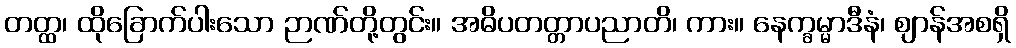
တတ္ထ၊ ထိုခြောက်ပါးသော ဉာဏ်တို့တွင်း။ အဓိပတတ္တာပညာတိ၊ ကား။ နေက္ခမ္မာဒီနံ၊ ဈာန်အစရှိ